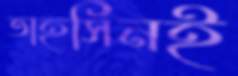
তাহসিনই